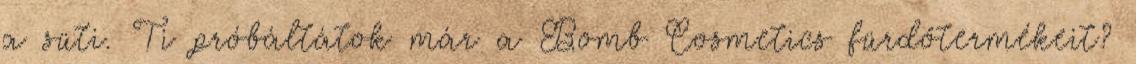
a süti. Ti próbáltátok már a Bomb Cosmetics fürdőtermékeit?